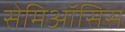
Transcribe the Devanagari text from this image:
सेमिऑसिस